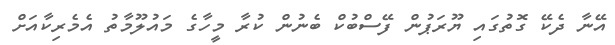
އޭނާ ދެކޭ ގޮތުގައި ޔޫރަޕުން ފޭސްބުކް ބެނުން ކުރާ މީހާގެ މައުލޫމާތު އެމެރިކާއަށް